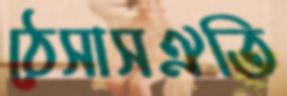
ঠেসাসঐতি